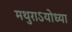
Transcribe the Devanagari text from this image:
मथुराऽयोध्या